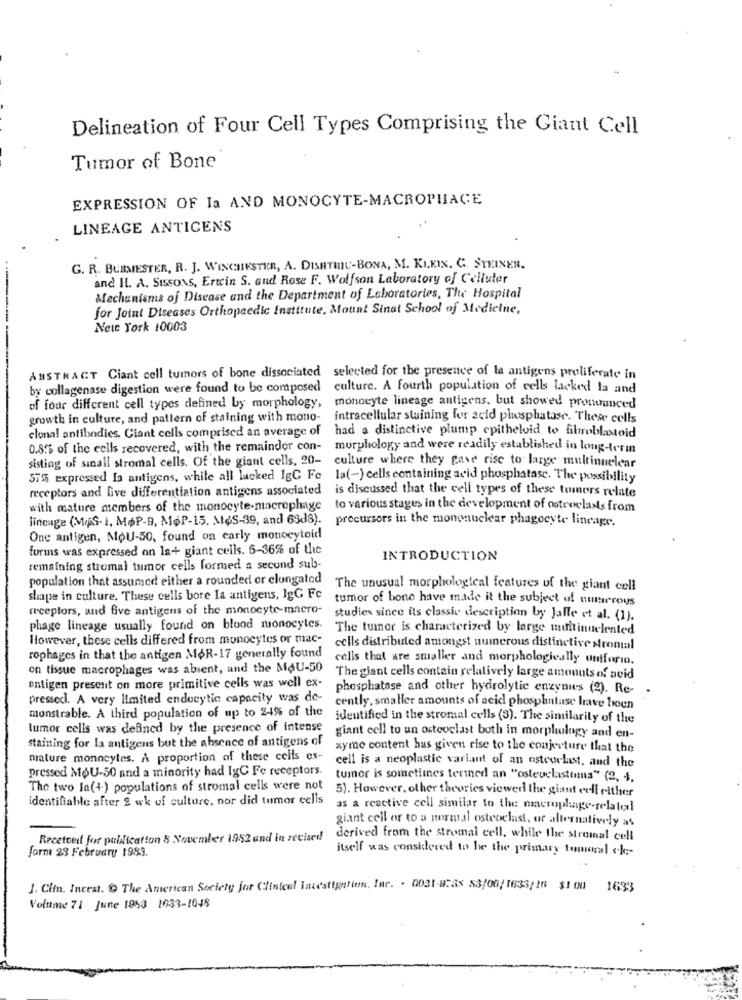
Delineation of Four Cell Types Comprising the Giant Cell
Tumor of Bone
EXPRESSION OF Ia AND MONOCYTE-MACROPHAGE
LINEAGE ANTICENS
G. R. BURMESTER, R. J. WINCHESTER, A. DISHTHIL-BONA, M. KLEIN. C. STEINER.
and I. A. SISSONS, Ertein S. and Rose F. Wolfson Laboratory of Cellular
Mechanisms of Disease and the Department of Laboratories, The Hospital
for Joint Diseases Orthopaedic Institute, Mount Sinat School of Medicine,
New York 10003
ABSTRACT Ciant cell tumors of bone dissociated selected for the presence of la antigens proliferate in
by collagenase digestion were found to be composed culture. A fourth population of cells lacked la and
of four different cell types defined by morphology, monocyte lineage antigens. but showed pronounced
growth in culture, and pattern of staining with mono-
intracellular staining for seid phosphatase. These cells
clonal antibodies. Ciant cells comprised an average of
had a distinctive plump epitheloid to fibroblastoid
0.89% of the cells recovered, with the remainder con- morphology and were readily established in long-term
sisting of small stromal cells. Of the giant cells, 20- culture where they gave rise to large multinuclear
57% expressed In antigens, while all lacked IgG Fc la(-) cells containing acid phosphatase. The possibility
receptors and five differentiation antigens associated is discussed that the cell types of these tumors relate
with mature members of the monocyte-macrophage
to various stages in the development of osteoclass from
lineage (MS- I, MøP-9, MoP-15. MøS-39, and 63d8).
precursors in the mononuclear phagocyte lineage.
One antigen, MoU-50, found on early monocytoid
forms was expressed on la+ giant cells. 6-36% of the
INTRODUCTION
remaining stromal tumor cells formed a secund sub-
population that assumed either a rounded or clungatcd
The unusual morphological features of the giant cell
shape in culture. These cells bore la antigens, IgG Fc
tumor of bone have made it the subject of numerous
receptors, and five antigens of the monocyte-macro-
studies since its classic description by Jaffe et al. (1).
phage lineage usually found on blood monocytes.
The tumor is characterized by large munitinuelented
However, these cells differed from monocytes or mac-
cells distributed amongst numerous distinctive stromal
rophages in that the antigen MoR-17 generally found
cells that are smaller and morphologically uniforin.
on tissue macrophages was absent, and the MoU-50
antigen present on more primitive cells was well ex-
The giant cells contain relatively large amounts of avid
phosphatase and other hydrolytic enzynies (2). Re-
pressecl. A very limited endocytic capacity was de-
cently, smaller amounts of acid phosphatase have been
monstrable. A third population of up to 24% of the
identified in the stromal cells (3). The similarity of the
tumor cells was defined by the presence of intense
staining for la antigens but the absence of antigens of
giant cell to un osteoclast both in morphology and en-
xyme content has given rise to the conjecture that the
nature monocytes. A proportion of these cells ex-
cell is a neoplastic variant of an osteoclast, and the
pressed MoU-50 and a minority had IgC Fe receptors.
tumor is sometimes termed an "ostevelasttens" (2, 4,
The two In(+) populations of stromal cells were not
5). However, other theories viewed the giant cell either
identifiable after 2 wk of culture, nor did tumor cells
as a reactive cell similar to the nmacrophage-related
giant cell or to a normal osteoelast, or alternatively as
Recetved for publication 8 November 1952 and in revised!
derived from the stromal cell, while the stromal cell
form 23 February 1983.
itself was considered to be the primary tommoral ck ;-
J. Clin. Incest. O The American Society for Clinical Investigation, Inc. . 0031-W2as 53/06/1633/16 $1 (N)
1633
Volume 71 June 1953 1633-1048